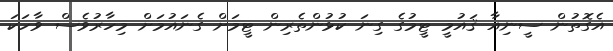
އެގޮތުން ސީނިއާ ޤައުމީ ޓީމުގެ ގިނަ ކުޅުންތެރިން ޓީމަށް ގެނައުމަށް މިހާރުވެސް ވާހަކަ